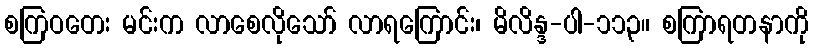
စကြဝတေး မင်းက လာစေလိုသော် လာရကြောင်း၊ မိလိန္ဒ-ပါ-၁၁၃။ စကြာရတနာကို